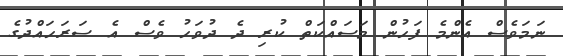
ނަމަވެސް އެންމެ ފަހުން މަސައްކަތް ކުރި ދެ ދުވަހު ވެސް އެ ސަރަހައްދުގެ